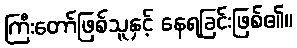
ကြီးတော်ဖြစ်သူနှင့် နေရခြင်းဖြစ်၏။